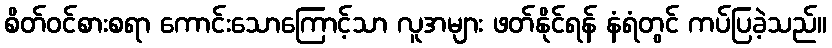
စိတ်ဝင်စားစရာ ကောင်းသောကြောင့်သာ လူအများ ဖတ်နိုင်ရန် နံရံတွင် ကပ်ပြခဲ့သည်။